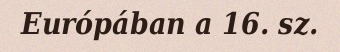
Európában a 16. sz.